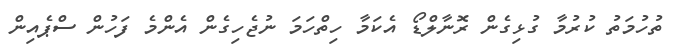
ތުހުމަތު ކުރުމާ ގުޅިގެން ރޮނާލްޑޯ އެކަމާ ހިތްހަމަ ނުޖެހިގެން އެންމެ ފަހުން ސްޕެއިން